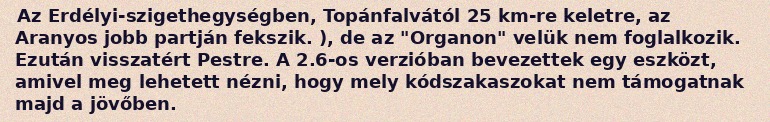
Az Erdélyi-szigethegységben, Topánfalvától 25 km-re keletre, az Aranyos jobb partján fekszik. ), de az "Organon" velük nem foglalkozik. Ezután visszatért Pestre. A 2.6-os verzióban bevezettek egy eszközt, amivel meg lehetett nézni, hogy mely kódszakaszokat nem támogatnak majd a jövőben.